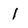
Character: 1